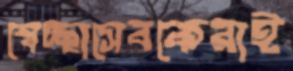
স্বেচ্ছাসেবকেরাই